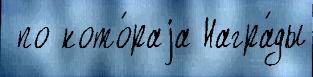
 по кото́раjа Награ́ды